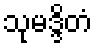
သုမဒ္ဒိတံ